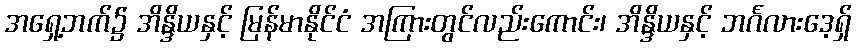
အရှေ့ဘက်၌ အိန္ဒိယနှင့် မြန်မာနိုင်ငံ အကြားတွင်လည်းကောင်း၊ အိန္ဒိယနှင့် ဘင်္ဂလားဒေ့ရှ်